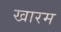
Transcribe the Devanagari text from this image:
खारम